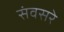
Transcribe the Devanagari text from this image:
संवसरे